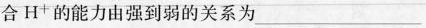
合H^{+}的能力由强到弱的关系为___